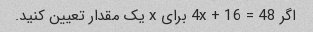
اگر 4x + 16 = 48 برای x یک مقدار تعیین کنید.